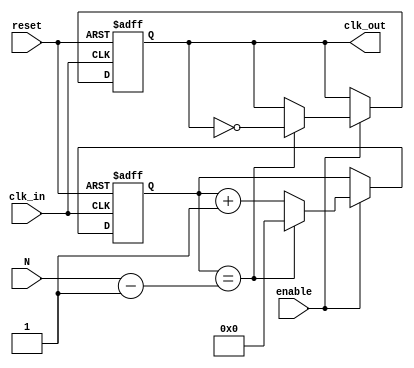
module clock_divider_buffer (
    input wire clk_in,      // Input clock signal
    input wire reset,       // Asynchronous reset signal
    input wire enable,      // Enable signal for clock division
    input wire [31:0] N,    // Division factor (configurable)
    output reg clk_out      // Output clock signal
);

    reg [31:0] counter;     // Counter to track input clock cycles

    // Asynchronous reset and clock division logic
    always @(posedge clk_in or posedge reset) begin
        if (reset) begin
            counter <= 0;    // Reset counter to zero
            clk_out <= 0;    // Reset output clock to low
        end else if (enable) begin
            if (counter == (N - 1)) begin
                clk_out <= ~clk_out; // Toggle output clock
                counter <= 0;         // Reset counter
            end else begin
                counter <= counter + 1; // Increment counter
            end
        end
    end

endmodule